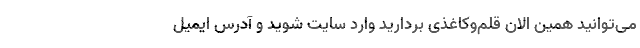
می‌توانید همین الان قلم‌وکاغذی بردارید وارد سایت شوید و آدرس ایمیل